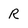
Character: R